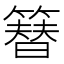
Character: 簮